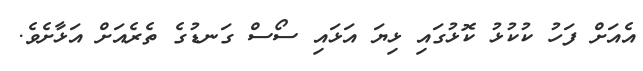
އެއަށް ފަހު ކުކުޅު ކޮޅުގައި ޅިޔަ އަޅައި ސޯސް ގަނޑުގެ ތެރެއަށް އަޅާށެވެ.